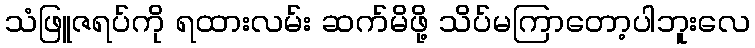
သံဖြူဇရပ်ကို ရထားလမ်း ဆက်မိဖို့ သိပ်မကြာတော့ပါဘူးလေ